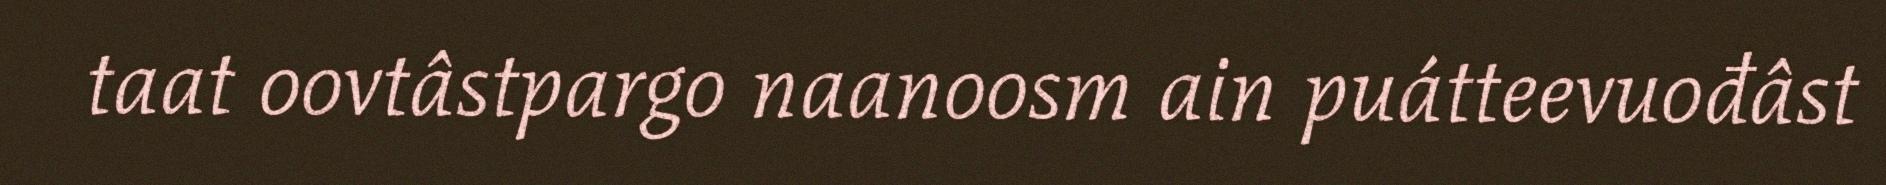
taat oovtâstpargo naanoosm ain puátteevuođâst